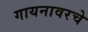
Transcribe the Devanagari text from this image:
गायनावरचे